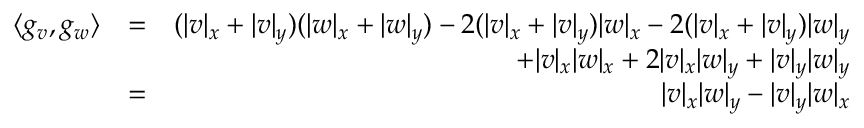
\begin{array} { r l r } { \langle g _ { v } , g _ { w } \rangle } & { = } & { ( | v | _ { x } + | v | _ { y } ) ( | w | _ { x } + | w | _ { y } ) - 2 ( | v | _ { x } + | v | _ { y } ) | w | _ { x } - 2 ( | v | _ { x } + | v | _ { y } ) | w | _ { y } } \\ & { } & { \qquad + | v | _ { x } | w | _ { x } + 2 | v | _ { x } | w | _ { y } + | v | _ { y } | w | _ { y } } \\ & { = } & { | v | _ { x } | w | _ { y } - | v | _ { y } | w | _ { x } } \end{array}